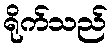
ရိုက်သည်